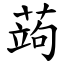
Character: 蒟